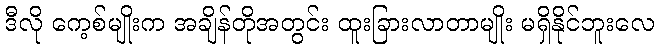
ဒီလို ကေ့စ်မျိုးက အချိန်တိုအတွင်း ထူးခြားလာတာမျိုး မရှိနိုင်ဘူးလေ